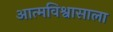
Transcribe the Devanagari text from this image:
आत्मविश्वासाला